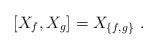
LaTeX: \begin{align*} [X_f,X_g]=X_{\{f,g\}} \ .\end{align*}